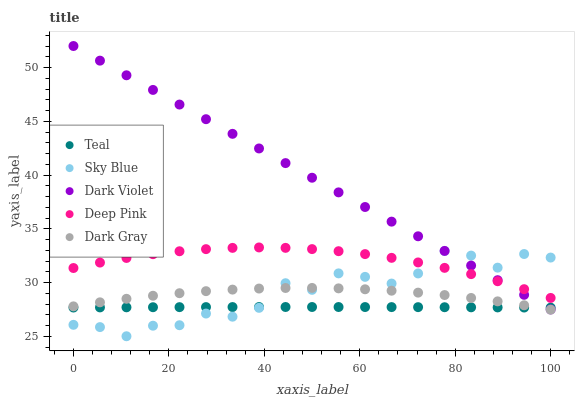
| xaxis_label | Teal | Sky Blue | Dark Violet | Deep Pink | Dark Gray |
 | --- | --- | --- | --- | --- | --- |
 | 0 | 27.7 | 26.1 | 52 | 31.3 | 27.8 |
 | 5.56 | 27.7 | 25.9 | 50.6 | 31.9 | 28.2 |
 | 11.1 | 27.7 | 25 | 49.3 | 32.3 | 28.5 |
 | 16.7 | 27.7 | 26 | 47.9 | 32.6 | 28.8 |
 | 22.2 | 27.7 | 26 | 46.6 | 32.9 | 29 |
 | 27.8 | 27.7 | 27.1 | 45.2 | 33.1 | 29.2 |
 | 33.3 | 27.7 | 26.8 | 43.8 | 33.2 | 29.3 |
 | 38.9 | 27.7 | 27.6 | 42.5 | 33.3 | 29.4 |
 | 44.4 | 27.7 | 29.9 | 41.1 | 33.2 | 29.5 |
 | 50 | 27.7 | 29.3 | 39.7 | 33.1 | 29.5 |
 | 55.6 | 27.7 | 30.8 | 38.4 | 32.9 | 29.5 |
 | 61.1 | 27.7 | 30.5 | 37 | 32.6 | 29.4 |
 | 66.7 | 27.7 | 29.9 | 35.7 | 32.3 | 29.2 |
 | 72.2 | 27.7 | 30.8 | 34.3 | 31.9 | 29.1 |
 | 77.8 | 27.7 | 32.9 | 32.9 | 31.4 | 28.8 |
 | 83.3 | 27.7 | 32.5 | 31.6 | 30.8 | 28.6 |
 | 88.9 | 27.7 | 31.4 | 30.2 | 30.1 | 28.2 |
 | 94.4 | 27.7 | 32.6 | 28.9 | 29.4 | 27.9 |
 | 100 | 27.7 | 32.3 | 27.5 | 28.6 | 27.5 |